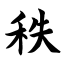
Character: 秩